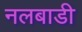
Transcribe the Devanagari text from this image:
नलबाडी